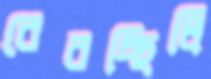
বেরচ্ছিলি